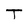
Character: T